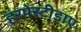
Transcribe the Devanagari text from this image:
हरपेस्टीडाए